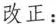
改正：